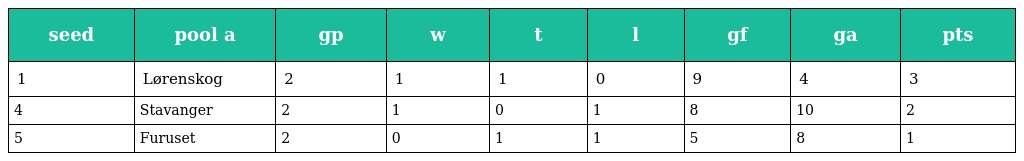
| seed | pool a | gp | w | t | l | gf | ga | pts |
 | --- | --- | --- | --- | --- | --- | --- | --- | --- |
 | 1 | Lørenskog | 2 | 1 | 1 | 0 | 9 | 4 | 3 |
 | 4 | Stavanger | 2 | 1 | 0 | 1 | 8 | 10 | 2 |
 | 5 | Furuset | 2 | 0 | 1 | 1 | 5 | 8 | 1 |